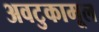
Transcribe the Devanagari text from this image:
अवटुकामूल